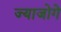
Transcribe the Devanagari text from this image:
ज्याजोगे